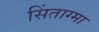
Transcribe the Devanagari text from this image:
सिंताग्मा